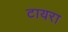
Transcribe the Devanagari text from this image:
टायरा